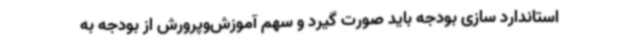
استاندارد سازی بودجه باید صورت گیرد و سهم آموزش‌وپرورش از بودجه به